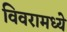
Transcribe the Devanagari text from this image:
विवरामध्ये